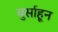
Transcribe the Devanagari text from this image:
बुर्साहून